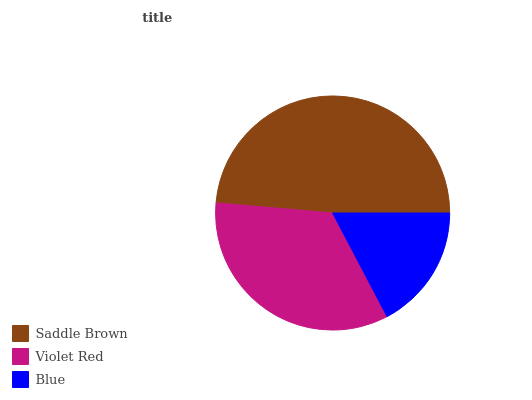
| Saddle Brown | Violet Red | Blue |
 | --- | --- | --- |
 | 48.6% | 34% | 17.3% |